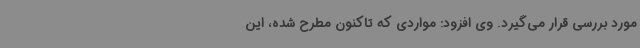
مورد بررسی قرار می‌گیرد. وی افزود: مواردی که تاکنون مطرح شده، این